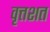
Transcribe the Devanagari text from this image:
वृत्तशत